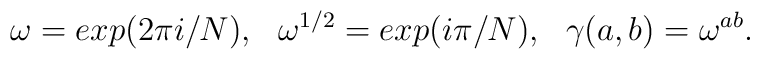
\omega=exp(2\pi i/N), ~~\omega^{1/2}=exp(i\pi /N), ~~\gamma(a,b)=\omega^{ab}.